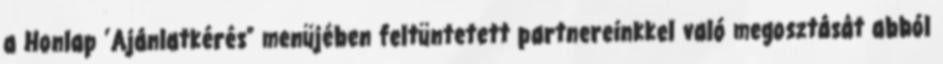
a Honlap ’Ajánlatkérés” menüjében feltüntetett partnereinkkel való megosztását abból